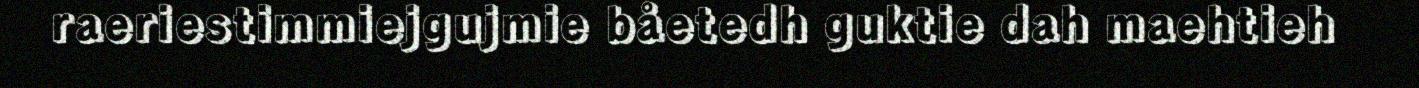
raeriestimmiejgujmie båetedh guktie dah maehtieh